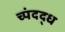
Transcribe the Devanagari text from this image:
च्पंदद्ध